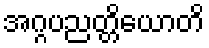
အဂ္ဂပညတ္တိယောတိ